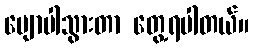
မျောပါသွားတာ တွေ့ရပါတယ်။